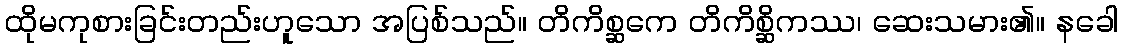
ထိုမကုစားခြင်းတည်းဟူသော အပြစ်သည်။ တိကိစ္ဆကေ တိကိစ္ဆိကဿ၊ ဆေးသမား၏။ နခေါ